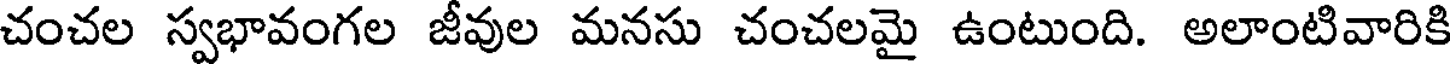
చంచల స్వభావంగల జీవుల మనసు చంచలమై ఉంటుంది. అలాంటివారికి